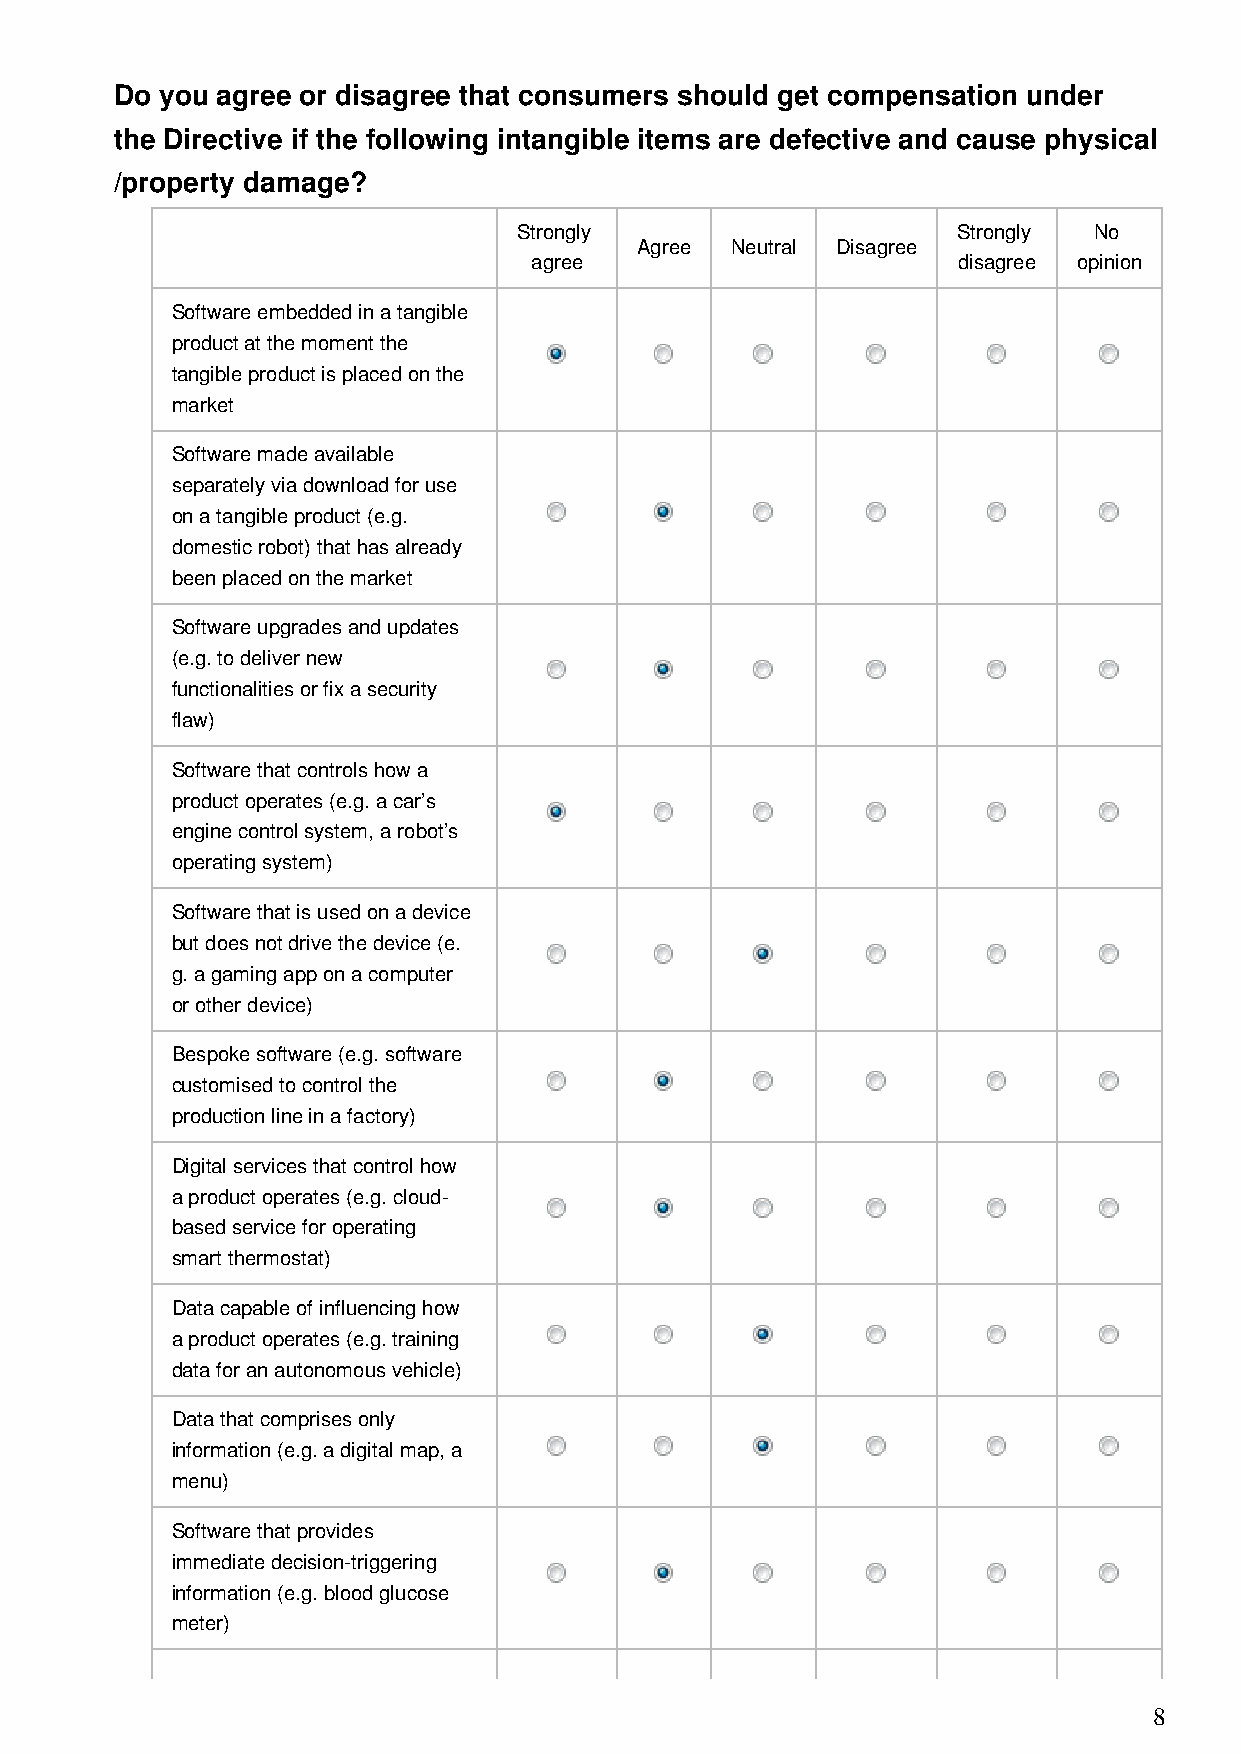
Do you agree or disagree that consumers should get compensation under
 the Directive if the following intangible items are defective and cause physical
 /property damage?
 Strongly                     Strongly No
 Agree Neutral Disagree
 agree                       disagree opinion
 Software embedded in a tangible
 product at the moment the
 tangible product is placed on the
 market
 Software made available
 separately via download for use
 on a tangible product (e.g.
 domestic robot) that has already
 been placed on the market
 Software upgrades and updates
 (e.g. to deliver new
 functionalities or fix a security
 flaw)
 Software that controls how a
 product operates (e.g. a car’s
 engine control system, a robot’s
 operating system)
 Software that is used on a device
 but does not drive the device (e.
 g. a gaming app on a computer
 or other device)
 Bespoke software (e.g. software
 customised to control the
 production line in a factory)
 Digital services that control how
 a product operates (e.g. cloud-
 based service for operating
 smart thermostat)
 Data capable of influencing how
 a product operates (e.g. training
 data for an autonomous vehicle)
 Data that comprises only
 information (e.g. a digital map, a
 menu)
 Software that provides
 immediate decision-triggering
 information (e.g. blood glucose
 meter)
 8